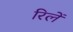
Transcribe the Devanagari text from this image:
रिलें